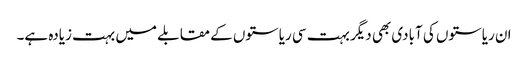
ان ریاستوں کی آبادی بھی دیگر بہت سی ریاستوں کے مقابلے میں بہت زیادہ ہے۔